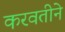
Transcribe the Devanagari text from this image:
करवतीने